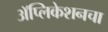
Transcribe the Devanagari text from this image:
अॅप्लिकेशनचा